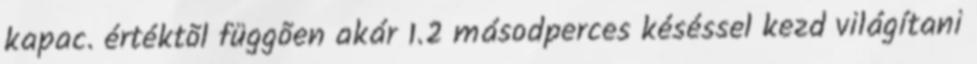
kapac. értéktõl függõen akár 1.2 másodperces késéssel kezd világítani